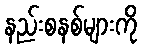
နည်းစနစ်များကို